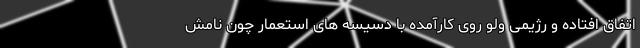
اتفاق افتاده و رژیمی ولو روی کارآمده با دسیسه های استعمار چون نامش